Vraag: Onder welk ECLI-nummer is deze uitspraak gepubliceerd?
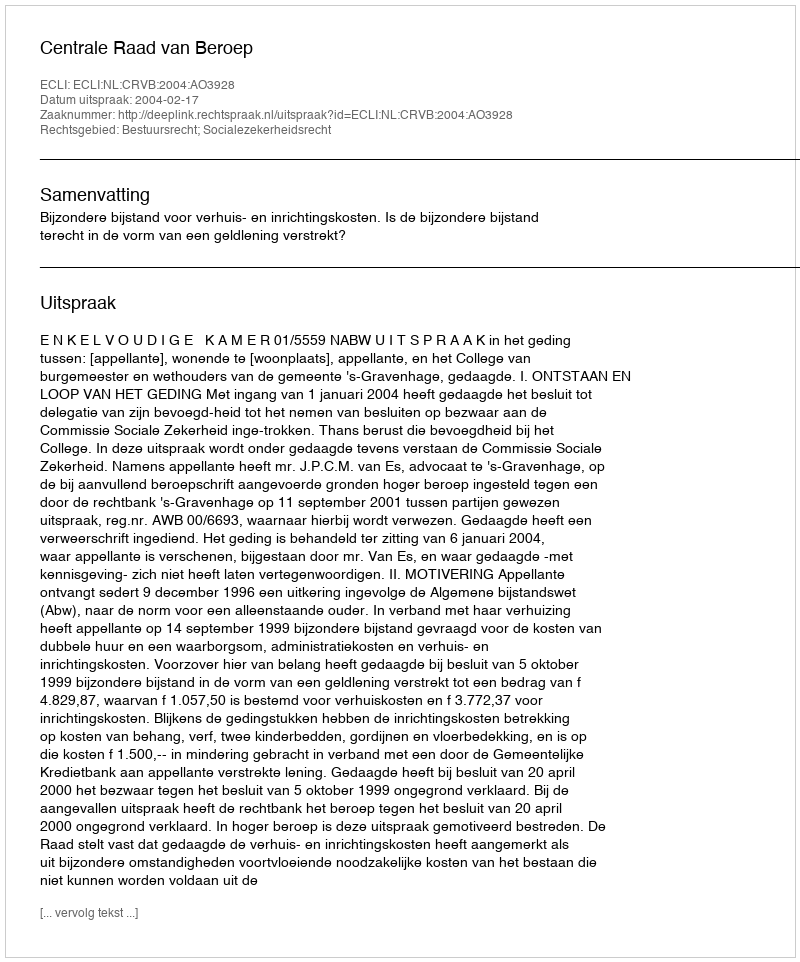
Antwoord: ECLI:NL:CRVB:2004:AO3928